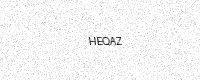
Text: HEQAZ